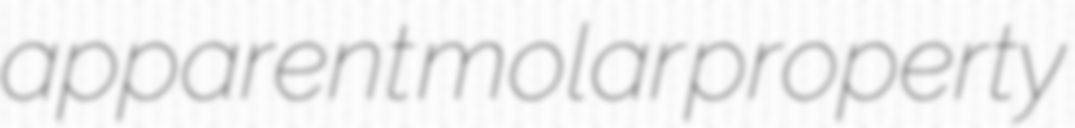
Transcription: apparent molar property